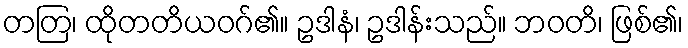
တတြ၊ ထိုတတိယဝဂ်၏။ ဥဒါနံ၊ ဥဒါန်းသည်။ ဘဝတိ၊ ဖြစ်၏၊